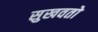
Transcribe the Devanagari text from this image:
सुखवतो